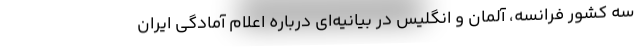
سه کشور فرانسه، آلمان و انگلیس در بیانیه‌ای درباره اعلام آمادگی ایران